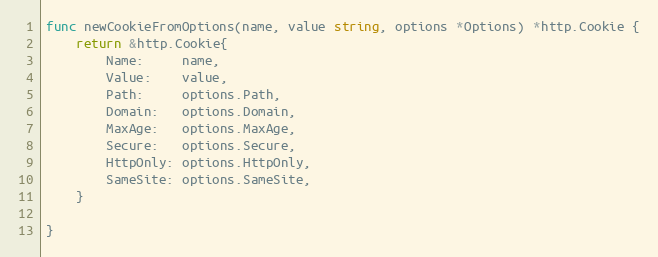
Language: Go
func newCookieFromOptions(name, value string, options *Options) *http.Cookie {
	return &http.Cookie{
		Name:     name,
		Value:    value,
		Path:     options.Path,
		Domain:   options.Domain,
		MaxAge:   options.MaxAge,
		Secure:   options.Secure,
		HttpOnly: options.HttpOnly,
		SameSite: options.SameSite,
	}

}